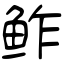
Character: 鲊